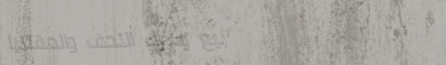
بيع وشراء التحف والمقتنيا